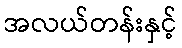
အလယ်တန်းနှင့်